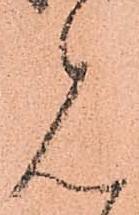
見